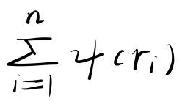
\[\sum_{i = 1}^{n} \psi(r_i)\]